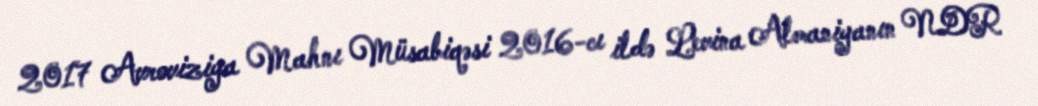
2017 Avroviziya Mahnı Müsabiqəsi 2016-cı ildə Levina Almaniyanın NDR